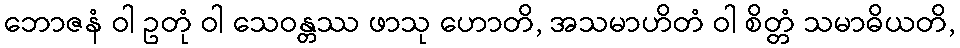
ဘောဇနံ ဝါ ဥတုံ ဝါ သေဝန္တဿ ဖာသု ဟောတိ, အသမာဟိတံ ဝါ စိတ္တံ သမာဓိယတိ,